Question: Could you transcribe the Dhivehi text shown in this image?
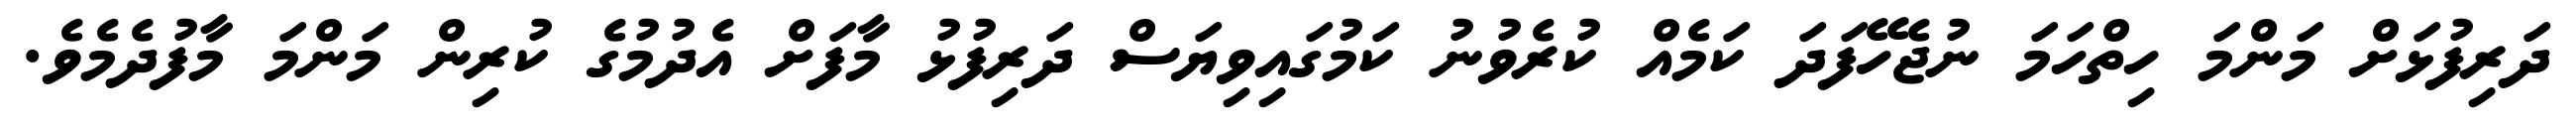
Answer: ދަރިފުޅަށް މަންމަ ހިތްހަމަ ނުޖެހޭފަދަ ކަމެއް ކުރެވުނު ކަމުގައިވިޔަސް ދަރިފުޅު މާފަށް އެދުމުގެ ކުރިން މަންމަ މާފުދެމެވެ.